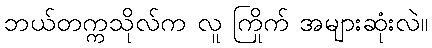
ဘယ်တက္ကသိုလ်က လူ ကြိုက် အများဆုံးလဲ။